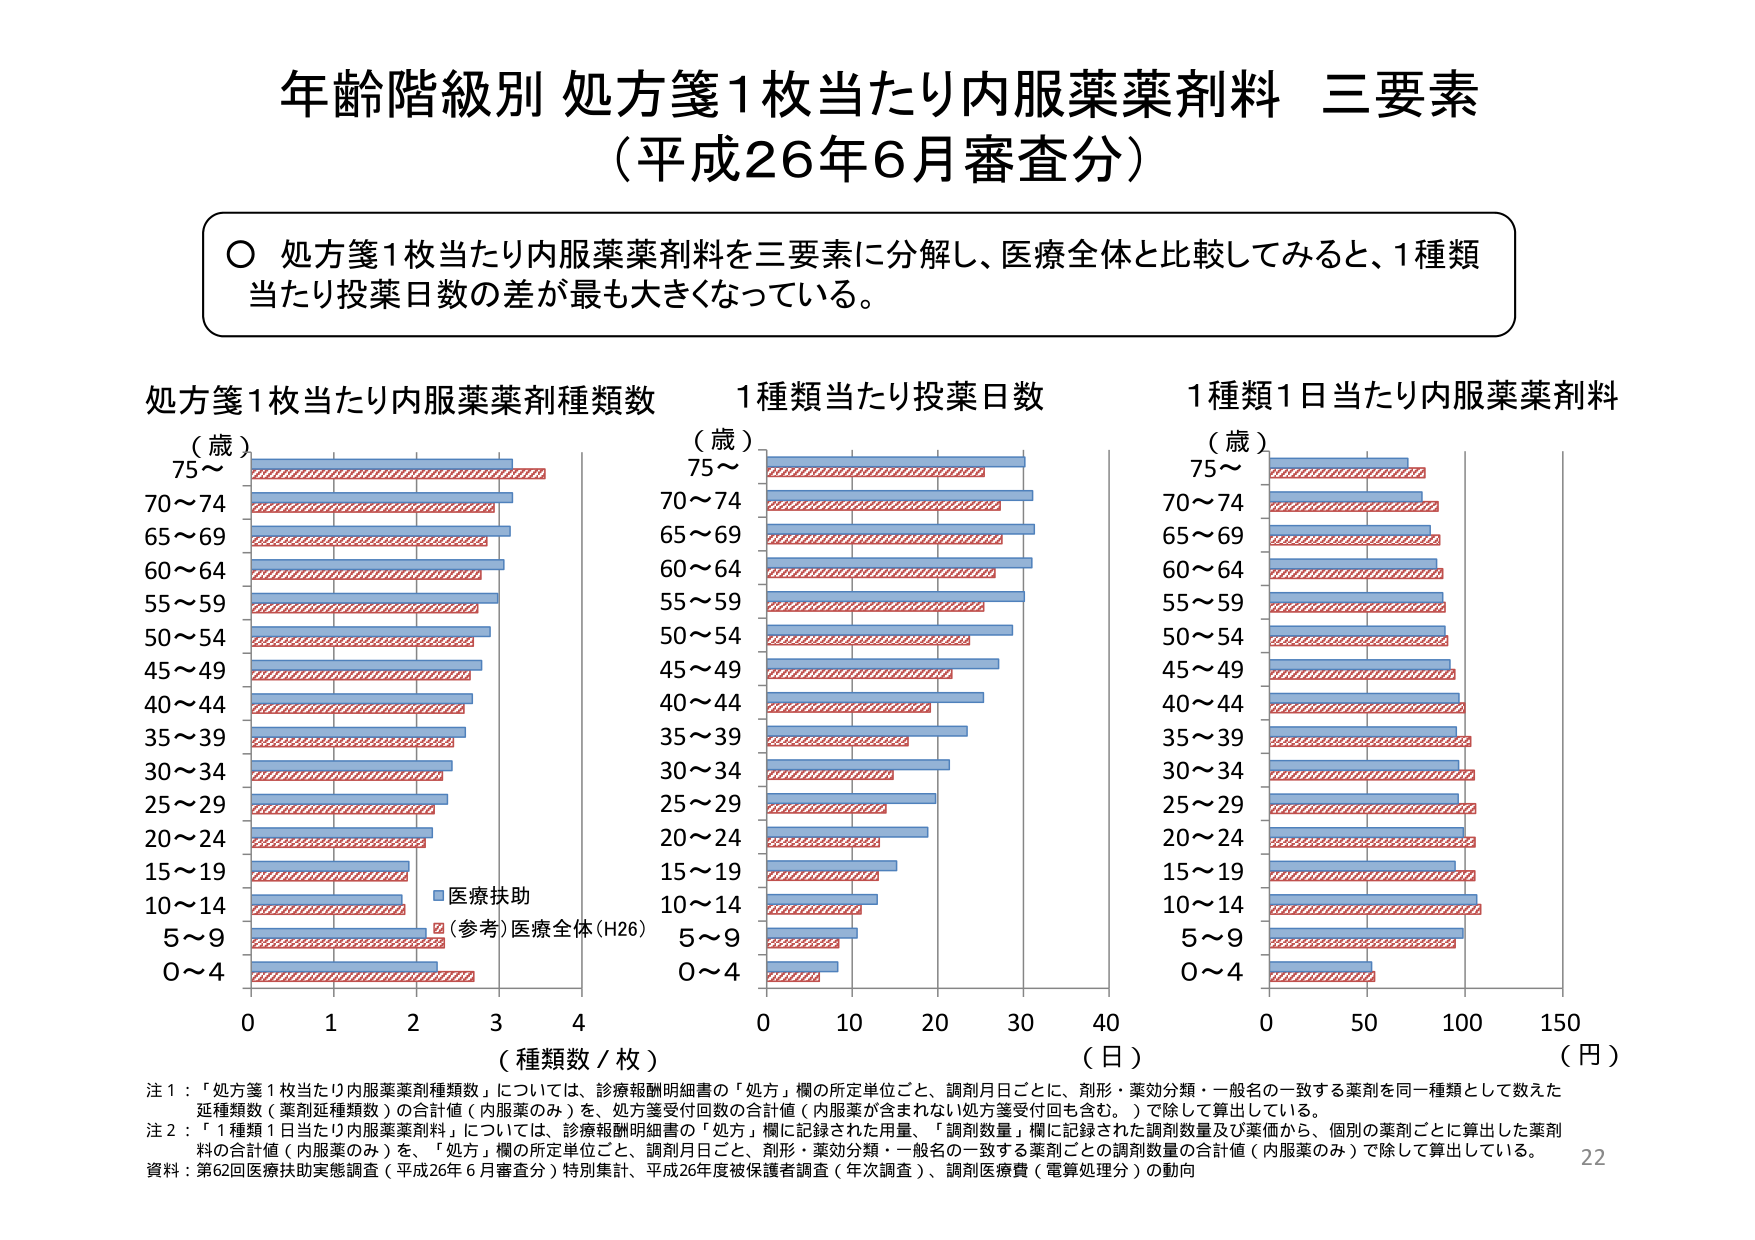
年齢階級別 処方箋1枚当たり内服薬薬剤料 三要素
（平成26年6月審査分）

〇 処方箋1枚当たり内服薬薬剤料を三要素に分解し、医療全体と比較してみると、1種類当たり投薬日数の差が最も大きくなっている。

処方箋1枚当たり内服薬薬剤種類数
（歳）
75～
70～74
65～69
60～64
55～59
50～54
45～49
40～44
35～39
30～34
25～29
20～24
15～19
10～14
5～9
0～4
（種類数／枚）
■医療扶助
■（参考）医療全体（H26）

1種類当たり投薬日数
（歳）
75～
70～74
65～69
60～64
55～59
50～54
45～49
40～44
35～39
30～34
25～29
20～24
15～19
10～14
5～9
0～4
（日）

1種類1日当たり内服薬薬剤料
（歳）
75～
70～74
65～69
60～64
55～59
50～54
45～49
40～44
35～39
30～34
25～29
20～24
15～19
10～14
5～9
0～4
（円）

注1：「処方箋1枚当たり内服薬薬剤種類数」については、診療報酬明細書の「処方」欄の所定単位ごと、調剤月日ごとに、剤形・薬効分類・一般名の一致する薬剤を同一種類として数えた延種類数（薬剤延種類数）の合計値（内服薬のみ）を、処方箋受付回数の合計値（内服薬が含まれない処方箋受付回も含む。）で除して算出している。
注2：「1種類1日当たり内服薬薬剤料」については、診療報酬明細書の「処方」欄に記録された用量、「調剤数量」欄に記録された調剤数量及び薬価から、個別の薬剤ごとに算出した薬剤料の合計値（内服薬のみ）を、「処方」欄の所定単位ごと、調剤月日ごと、剤形・薬効分類・一般名の一致する薬剤ごとの調剤数量の合計値（内服薬のみ）で除して算出している。
資料：第62回医療扶助実態調査（平成26年6月審査分）特別集計、平成26年度被保険者調査（年次調査）、調剤医療費（電算処理分）の動向
22